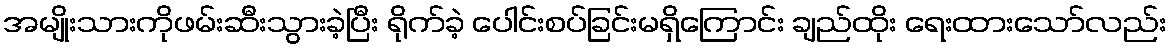
အမျိုးသားကိုဖမ်းဆီးသွားခဲ့ပြီး ရိုက်ခဲ့ ပေါင်းစပ်ခြင်းမရှိကြောင်း ချည်ထိုး ရေးထားသော်လည်း